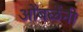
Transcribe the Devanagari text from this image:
ओंबळेंनी